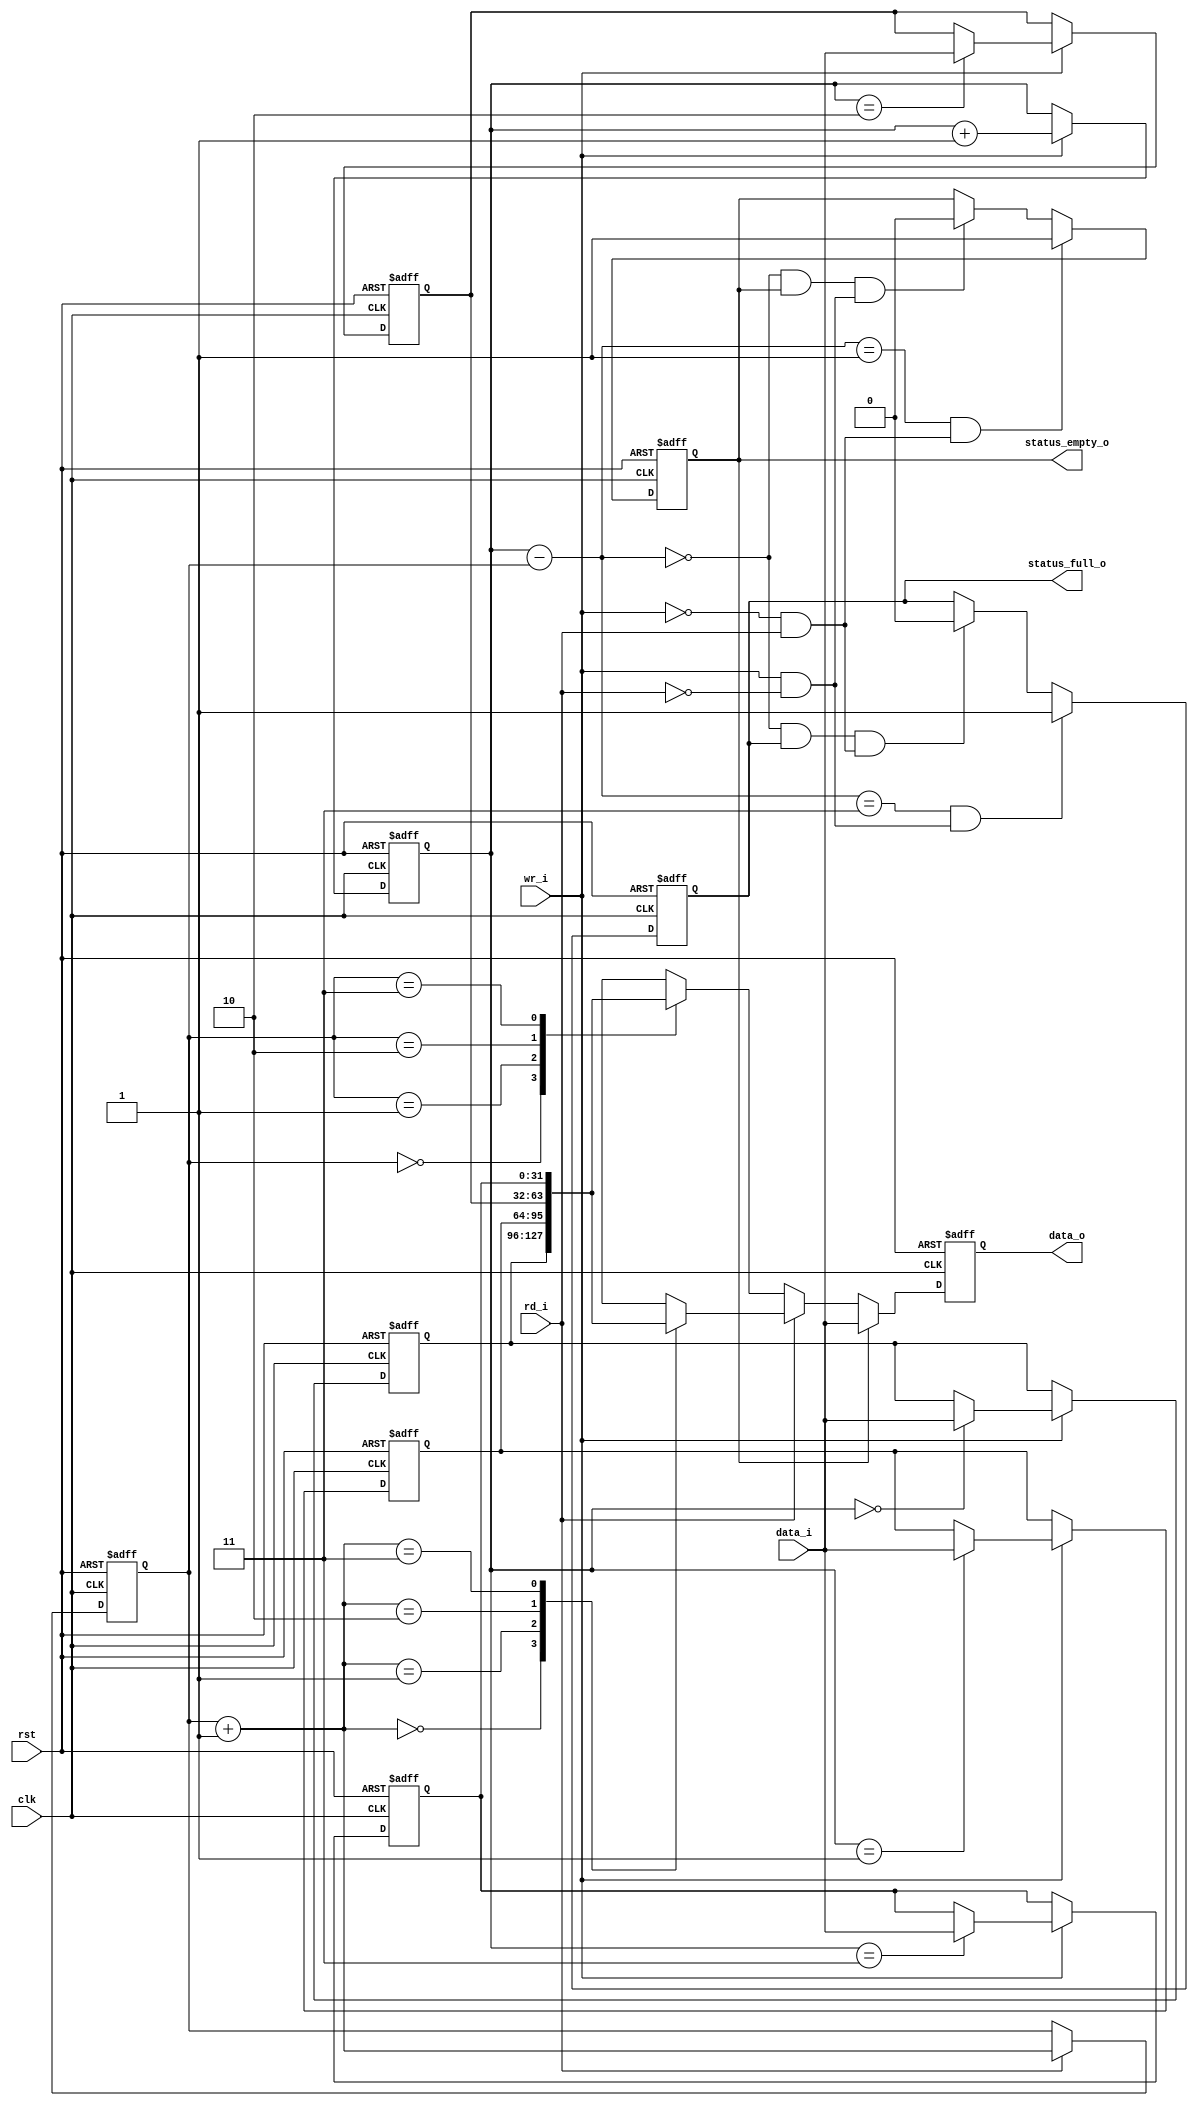
`define MESI_ISC_MBUS_CMD_NOP      3'd0
`define MESI_ISC_MBUS_CMD_WR       3'd1
`define MESI_ISC_MBUS_CMD_RD       3'd2
`define MESI_ISC_MBUS_CMD_WR_BROAD 3'd3
`define MESI_ISC_MBUS_CMD_RD_BROAD 3'd4
`define MESI_ISC_CBUS_CMD_NOP      3'd0
`define MESI_ISC_CBUS_CMD_WR_SNOOP 3'd1
`define MESI_ISC_CBUS_CMD_RD_SNOOP 3'd2
`define MESI_ISC_CBUS_CMD_EN_WR    3'd3
`define MESI_ISC_CBUS_CMD_EN_RD    3'd4
`define MESI_ISC_BREQ_TYPE_NOP 2'd0
`define MESI_ISC_BREQ_TYPE_WR  2'd1
`define MESI_ISC_BREQ_TYPE_RD  2'd2

module mesi_isc_basic_fifo
    (
     // Inputs
     clk,
     rst,
     wr_i,
     rd_i,
     data_i,
     // Outputs
     data_o,
     status_empty_o,
     status_full_o
     );
parameter
  DATA_WIDTH        = 32,
  FIFO_SIZE         = 4,
  FIFO_SIZE_LOG2    = 2;
  

// Inputs
//================================
// System
input                   clk;          // System clock
input                   rst;          // Active high system reset

input                   wr_i;         // Write data to the fifo (store the data)
input                   rd_i;         // Read data from the fifo. Data is erased
                                      // afterward.
input [DATA_WIDTH-1:0]  data_i;       // Data data in to be stored
 
// Outputs
//================================
output [DATA_WIDTH-1:0] data_o;       // Data out to be rad 
// Status outputs
output                  status_empty_o; // There are no valid entries in the
                                       // fifo
output                  status_full_o; // There are no free entries in the fifo
                                       //  all the entries are valid

// Regs
//================================
reg  [DATA_WIDTH-1:0]   data_o;       // Data out to be rad 
reg  [DATA_WIDTH-1:0]   entry [FIFO_SIZE-1:0];  // The fifo entries
reg  [FIFO_SIZE_LOG2-1:0] ptr_wr;      // Fifo write pointer
reg  [FIFO_SIZE_LOG2-1:0] ptr_rd;      // Fifo read pointer
wire [FIFO_SIZE_LOG2-1:0] ptr_rd_plus_1;
reg                     status_empty;
reg                     status_full;
wire [FIFO_SIZE_LOG2-1:0] fifo_depth;  // Number of used entries
wire                    fifo_depth_increase;
wire                    fifo_depth_decrease;
   
integer 		i;             // For loop
								  
								  
`ifdef mesi_isc_debug
reg dbg_fifo_overflow;		       // Sticky bit for fifo overflow
reg dbg_fifo_underflow;		       // Sticky bit for fifo underflow
`endif

// Write to the fifo
//================================
// ptr_wr
// entry array
always @(posedge clk or posedge rst)
  if (rst)
  begin
     for(i=0; i < FIFO_SIZE; i = i + 1 )
       entry[i]    <= 0;
     ptr_wr        <= 0;
  end	
  else if (wr_i)
  begin
     entry[ptr_wr] <= data_i;        // Store the data_i to entry ptr_wr
     ptr_wr[FIFO_SIZE_LOG2-1:0] <= ptr_wr[FIFO_SIZE_LOG2-1:0] + 1; // Increase
                                     // the write pointer
  end


// Read from the fifo
//================================
// data_o
// The fifo output data_o is sampled. It always contains the data of 
// the entry[ptr_rd]; 
always @(posedge clk or posedge rst)
  if (rst)
    data_o[DATA_WIDTH-1:0] <= 0;
  else if (status_empty)
    data_o[DATA_WIDTH-1:0] <= data_i[DATA_WIDTH-1:0]; // When the fifo is empty
                                       // the write data
                                       // (if exists) is sampled to the fifo and
                                       // to the fifo output. In a case that in
                                       // the current cycle there is a write and
                                       // in the next cycle there is a read, the
                                       // data is ready in the output
  else if (rd_i)
    data_o[DATA_WIDTH-1:0] <= entry[ptr_rd_plus_1]; // Output the next data if this
                                       //  is a read cycle.
  else 
    data_o[DATA_WIDTH-1:0] <= entry[ptr_rd]; // The first data is sampled and
                                       //  ready for a read
// ptr_rd
always @(posedge clk or posedge rst)
  if (rst)
    ptr_rd[FIFO_SIZE_LOG2-1:0] <= 0;
  else if (rd_i)
    ptr_rd[FIFO_SIZE_LOG2-1:0] <= ptr_rd[FIFO_SIZE_LOG2-1:0] + 1; // Increase the
                                       //  read pointer
		
assign ptr_rd_plus_1 = ptr_rd + 1;

// Status
//================================
assign  status_empty_o        = status_empty;
assign  status_full_o         = status_full;

// status_empty
// status_empty is set when there are no any valid entries
always @(posedge clk or posedge rst)
  // On reset the fifo is empty
  if (rst)
                                                    status_empty <= 1;
  // There is one valid entry which is read (without write another entry)
  else if (fifo_depth == 1 & fifo_depth_decrease)
                                                    status_empty <= 1;
  // The fifo is empty and it is in a write cycle (without read)
  // The fifo_depth == 0 when the fifo is empty and when it is full
  else if (fifo_depth == 0   &
           status_empty      &    
           fifo_depth_increase)
                                                    status_empty <= 0;
	
always @(posedge clk or posedge rst)
  // On reset the fifo not full
  if (rst)
                                                    status_full  <= 0;
  // There is free entry which is written (without read other entry)
  else if (fifo_depth == FIFO_SIZE-1 & fifo_depth_increase)
                                                    status_full  <= 1;
  // The fifo is full and it is in a read cycle (without write)
  // The fifo_depth == 0 when the fifo is empty and when it is full
  else if (fifo_depth == 0 &
           status_full     &
           fifo_depth_decrease)
                                                    status_full  <= 0;
	

// The depth of the used fifo's entries is increased when there is a write
// and there is no a read
assign fifo_depth_increase     = wr_i & !rd_i;

// The depth of the used fifo's entries is decreased when there is a write
// and there is no a read
assign fifo_depth_decrease     = !wr_i & rd_i;
// In other cases (ptr_wr & ptr_rd) or (!ptr_wr & !ptr_rd) the number of the
// valid entries remains the same

// Because the buffer is cyclic the depth is always correct
assign fifo_depth[FIFO_SIZE_LOG2-1:0] = ptr_wr[FIFO_SIZE_LOG2-1:0] -
                                        ptr_rd[FIFO_SIZE_LOG2-1:0];
   
`ifdef mesi_isc_debug
// Debug
//================================
// dbg_fifo_overflow is a sticky bit which is set when writing (without reading)
// to a full fifo
// dbg_fifo_underflow is a sticky bit which is set when reading from an empty
// fifo
always @(posedge clk or posedge rst)
  if (rst)
    begin
     dbg_fifo_overflow   <= 0;
     dbg_fifo_underflow  <= 0;
    end
  else
  begin
     dbg_fifo_overflow   <= dbg_fifo_overflow | 
                            (status_full & fifo_depth_increase);
     dbg_fifo_underflow  <= dbg_fifo_underflow  | 
                            (status_empty & fifo_depth_decrease);
  end
`endif
   
endmodule